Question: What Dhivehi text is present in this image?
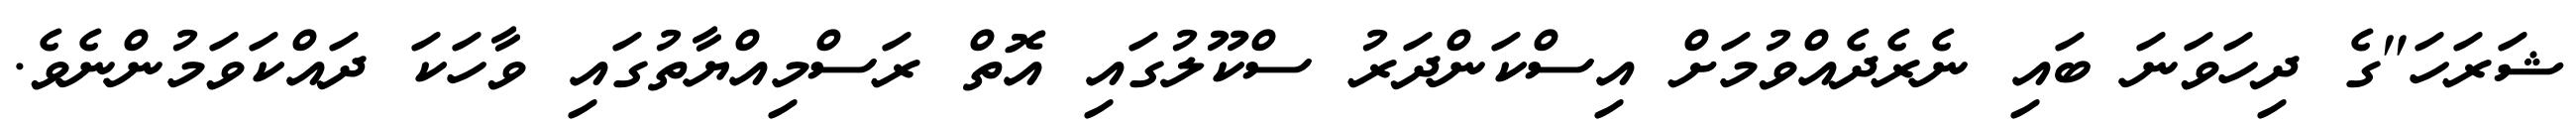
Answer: ޝަރަހަ"ގެ ދިހަވަނަ ބައި ނެރެދެއްވުމަށް އިސްކަންދަރު ސްކޫލުގައި އޮތް ރަސްމިއްޔާތުގައި ވާހަކަ ދައްކަވަމުންނެވެ.